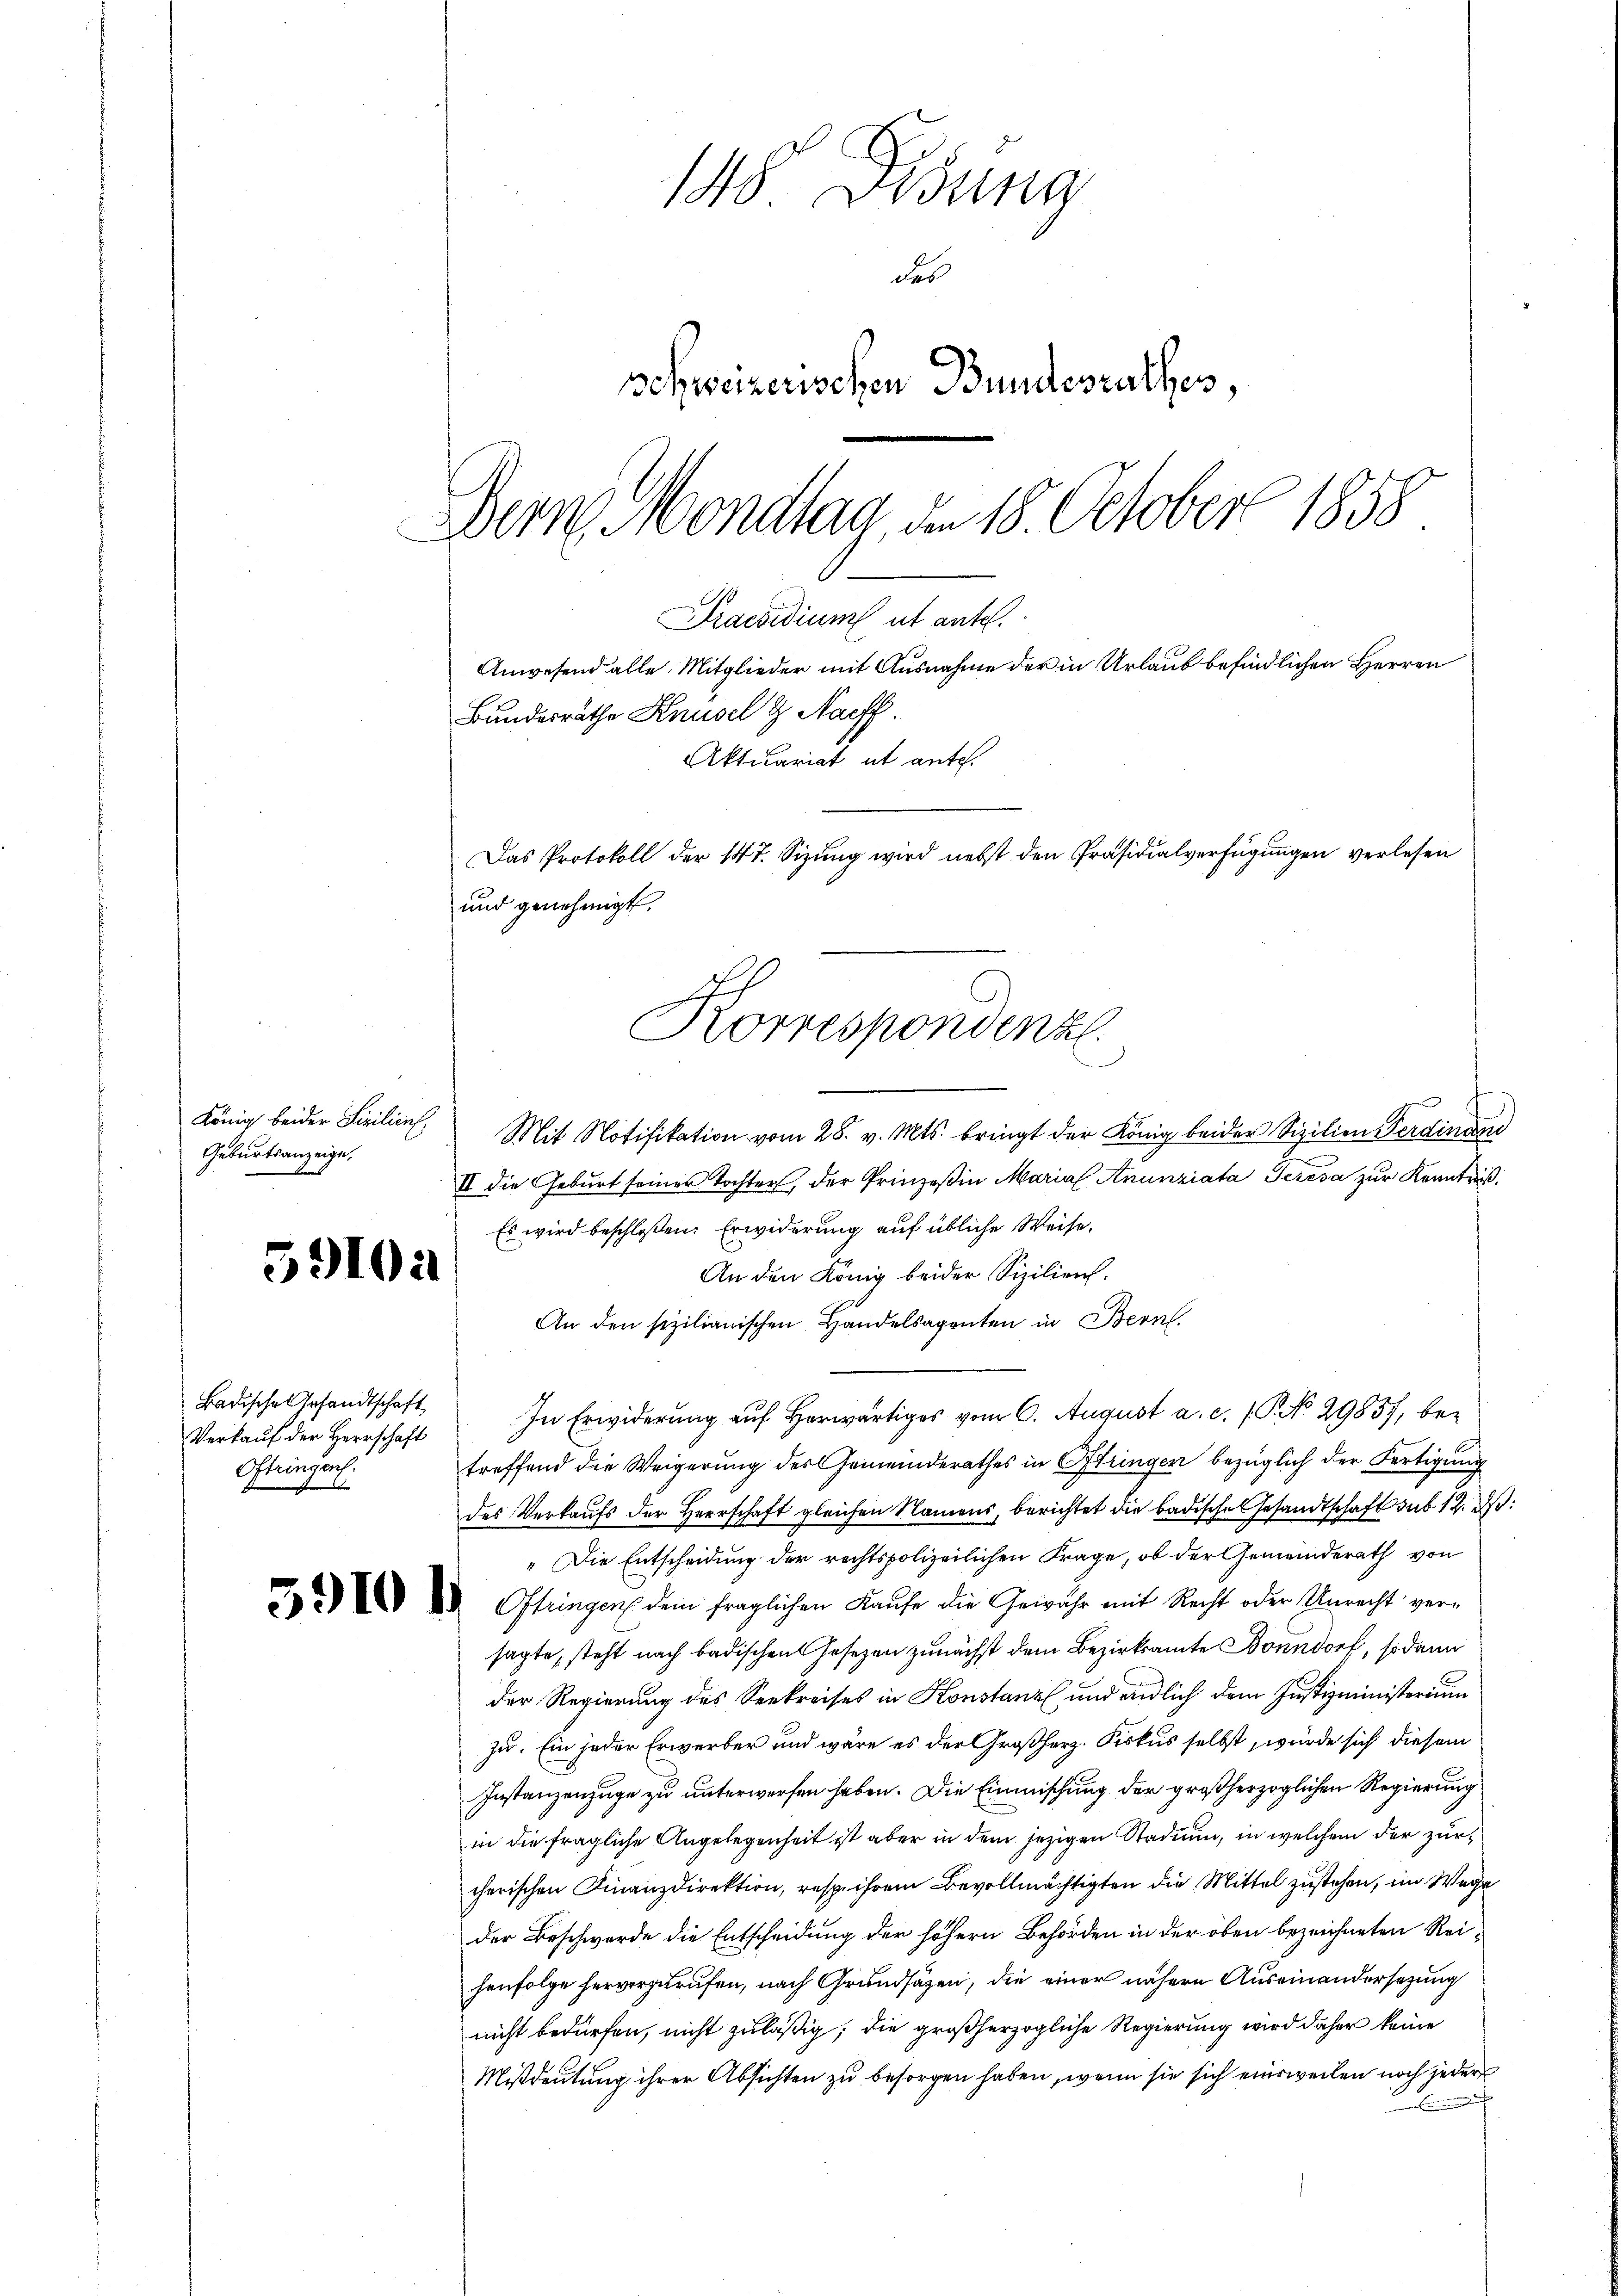
König beider Sizilien.
Geburtsanzeige,

59104

Badische Gesandtschaft
Verkauf der Herrschaft
Oftringen.

148 Disung
des
schweizerischen Bundesrathes,
Dern Mondlag, den 18. October 1858
Praesidium ut antel.
Anwesend alle Mitglieder mit Ausnahme der in Urlaub befindlichen Herren
Bundesräthe Knüsel g. Nachf
Aktuariat ut ante.
Das Protokoll der 147. Sizŭng wird nebst den Präsidialverfügŭngen verlesen

und genehmigt.
Korrespondenz
n

Mit Notifikation vom 28. v. Mts. bringt der König beider Sizilien Ferdinand
II die Geburt seiner Tochter, der Prinzeßin Marial Anunziata Gereva zur Kenntniß¬
Es wird beschloßen: Erwiderung auf übliche Weise.
An den König beider Sizilien.
An den sizilianischen Handelsagenten in Bern.
In Erwiderung auf herwärtiges vom 6. August a. c. (T. No 2985, betreffend die Weigerung des Gemeinderathes in Stringen bezüglich der Fertigung
des Verkaufs der Herrschaft gleichen Namens, berichtet die badische Gesandtschaft sub 12. ds.
„Die Entscheidung der rechtspolizeilichen Frage, ob der Gemeinderath von
2 d. Oftringen dem fraglichen Kaŭfe die Gewähr mit Recht oder Unrecht ver-
sagte, steht nach badischen Gesezen zunächst dem Bezirksamte Bonndorf, sodann
der Regierung des Seekreises in Konstanz und endlich dem Justizministerium
zu. Ein jeder Erwerber und wäre es der Großherz. Fiskus selbst, würde sich diesem
Instanzenzuge zu unterworfen haben. Die Einmischung der großherzoglichen Regierung
in die fragliche Angelegenheit ist aber in dem jezigen Stadium, in welchem der zur
cherischen Finanzdirektion, resp. ihrem Bevollmächtigten die Mittel zustehen, im Wege
der Beschwerde die Entscheidung der höhern Behörden in der oben bezeichneten Reihenfolge hervorzurufen, nach Grundsäzen, die einer nähere Auseinandersetzung
nicht bedürfen, nicht zuläßig; die großherzogliche Regierung wird daher keine
Mißdeutung ihrer Absichten zu besorgen haben, wenn sie sich einsweilen noch jeder
Eife